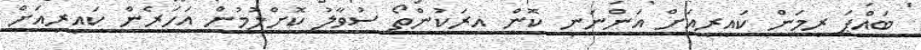
ބައްޕަ ރީމަން ކައިރިއަށް އަންނަނީ ކޮން އިރަކުންތޯ ސުވާލު ކޮށްލުމުން އަހަރެން ކައިރިއަށް